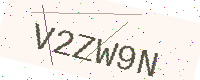
Text: V2ZW9N